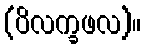
(ပိလက္ခဖလ)။